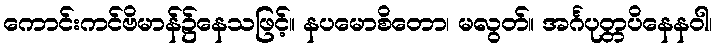
ကောင်းကင်ဗိမာန်၌နေသဖြင့်။ နပမောစိတော၊ မလွတ်။ အင်္ဂပုတ္တပိနေနဝါ၊